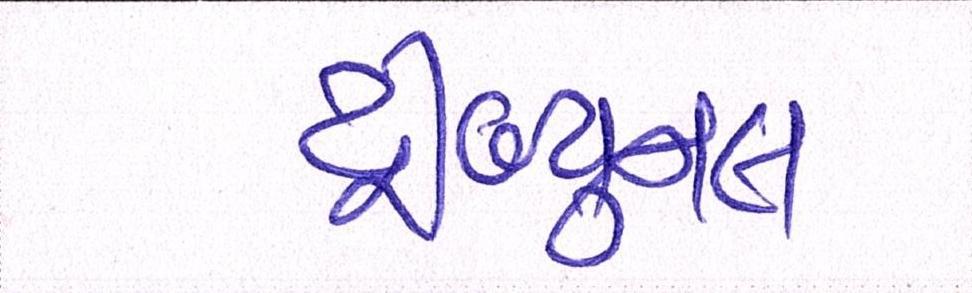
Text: ટ્રીબ્યુનલ